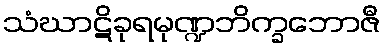
သံဃာဋိခုရမုဏ္ဍဘိက္ခဘောဇီ